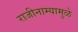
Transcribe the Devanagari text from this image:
राजीनाम्यामुळे